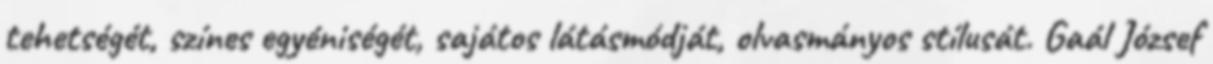
tehetségét, színes egyéniségét, sajátos látásmódját, olvasmányos stílusát. Gaál József